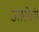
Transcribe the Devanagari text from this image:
उतरोली